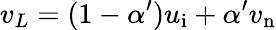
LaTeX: v_{L}=(1-\alpha^{\prime})u_{\mathrm{i}}+\alpha^{\prime}v_{\mathrm{n}}